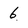
Character: 6